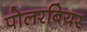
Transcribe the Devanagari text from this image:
पोलरबियर